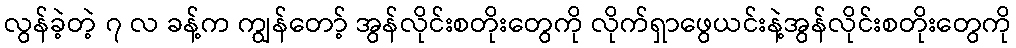
လွန်ခဲ့တဲ့ ၇ လ ခန့်က ကျွန်တော့် အွန်လိုင်းစတိုးတွေကို လိုက်ရှာဖွေယင်းနဲ့အွန်လိုင်းစတိုးတွေကို